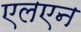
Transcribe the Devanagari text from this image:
एलएन